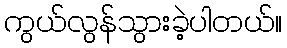
ကွယ်လွန်သွားခဲ့ပါတယ်။